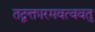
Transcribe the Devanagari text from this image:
तद्वक्तारमवत्ववतु